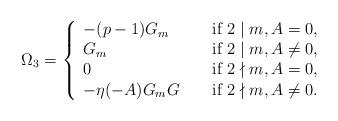
LaTeX: \begin{align*}\Omega_3=\left\{\begin{array}{lll}-(p-1)G_m & &\textup{ if } 2\mid m , A=0,\\G_m& &\textup{ if } 2\mid m , A \neq 0,\\0 & & \textup{ if } 2\nmid m , A = 0, \\-\eta(-A)G_mG & & \textup{ if } 2\nmid m , A \neq 0.\end{array} \right.\end{align*}